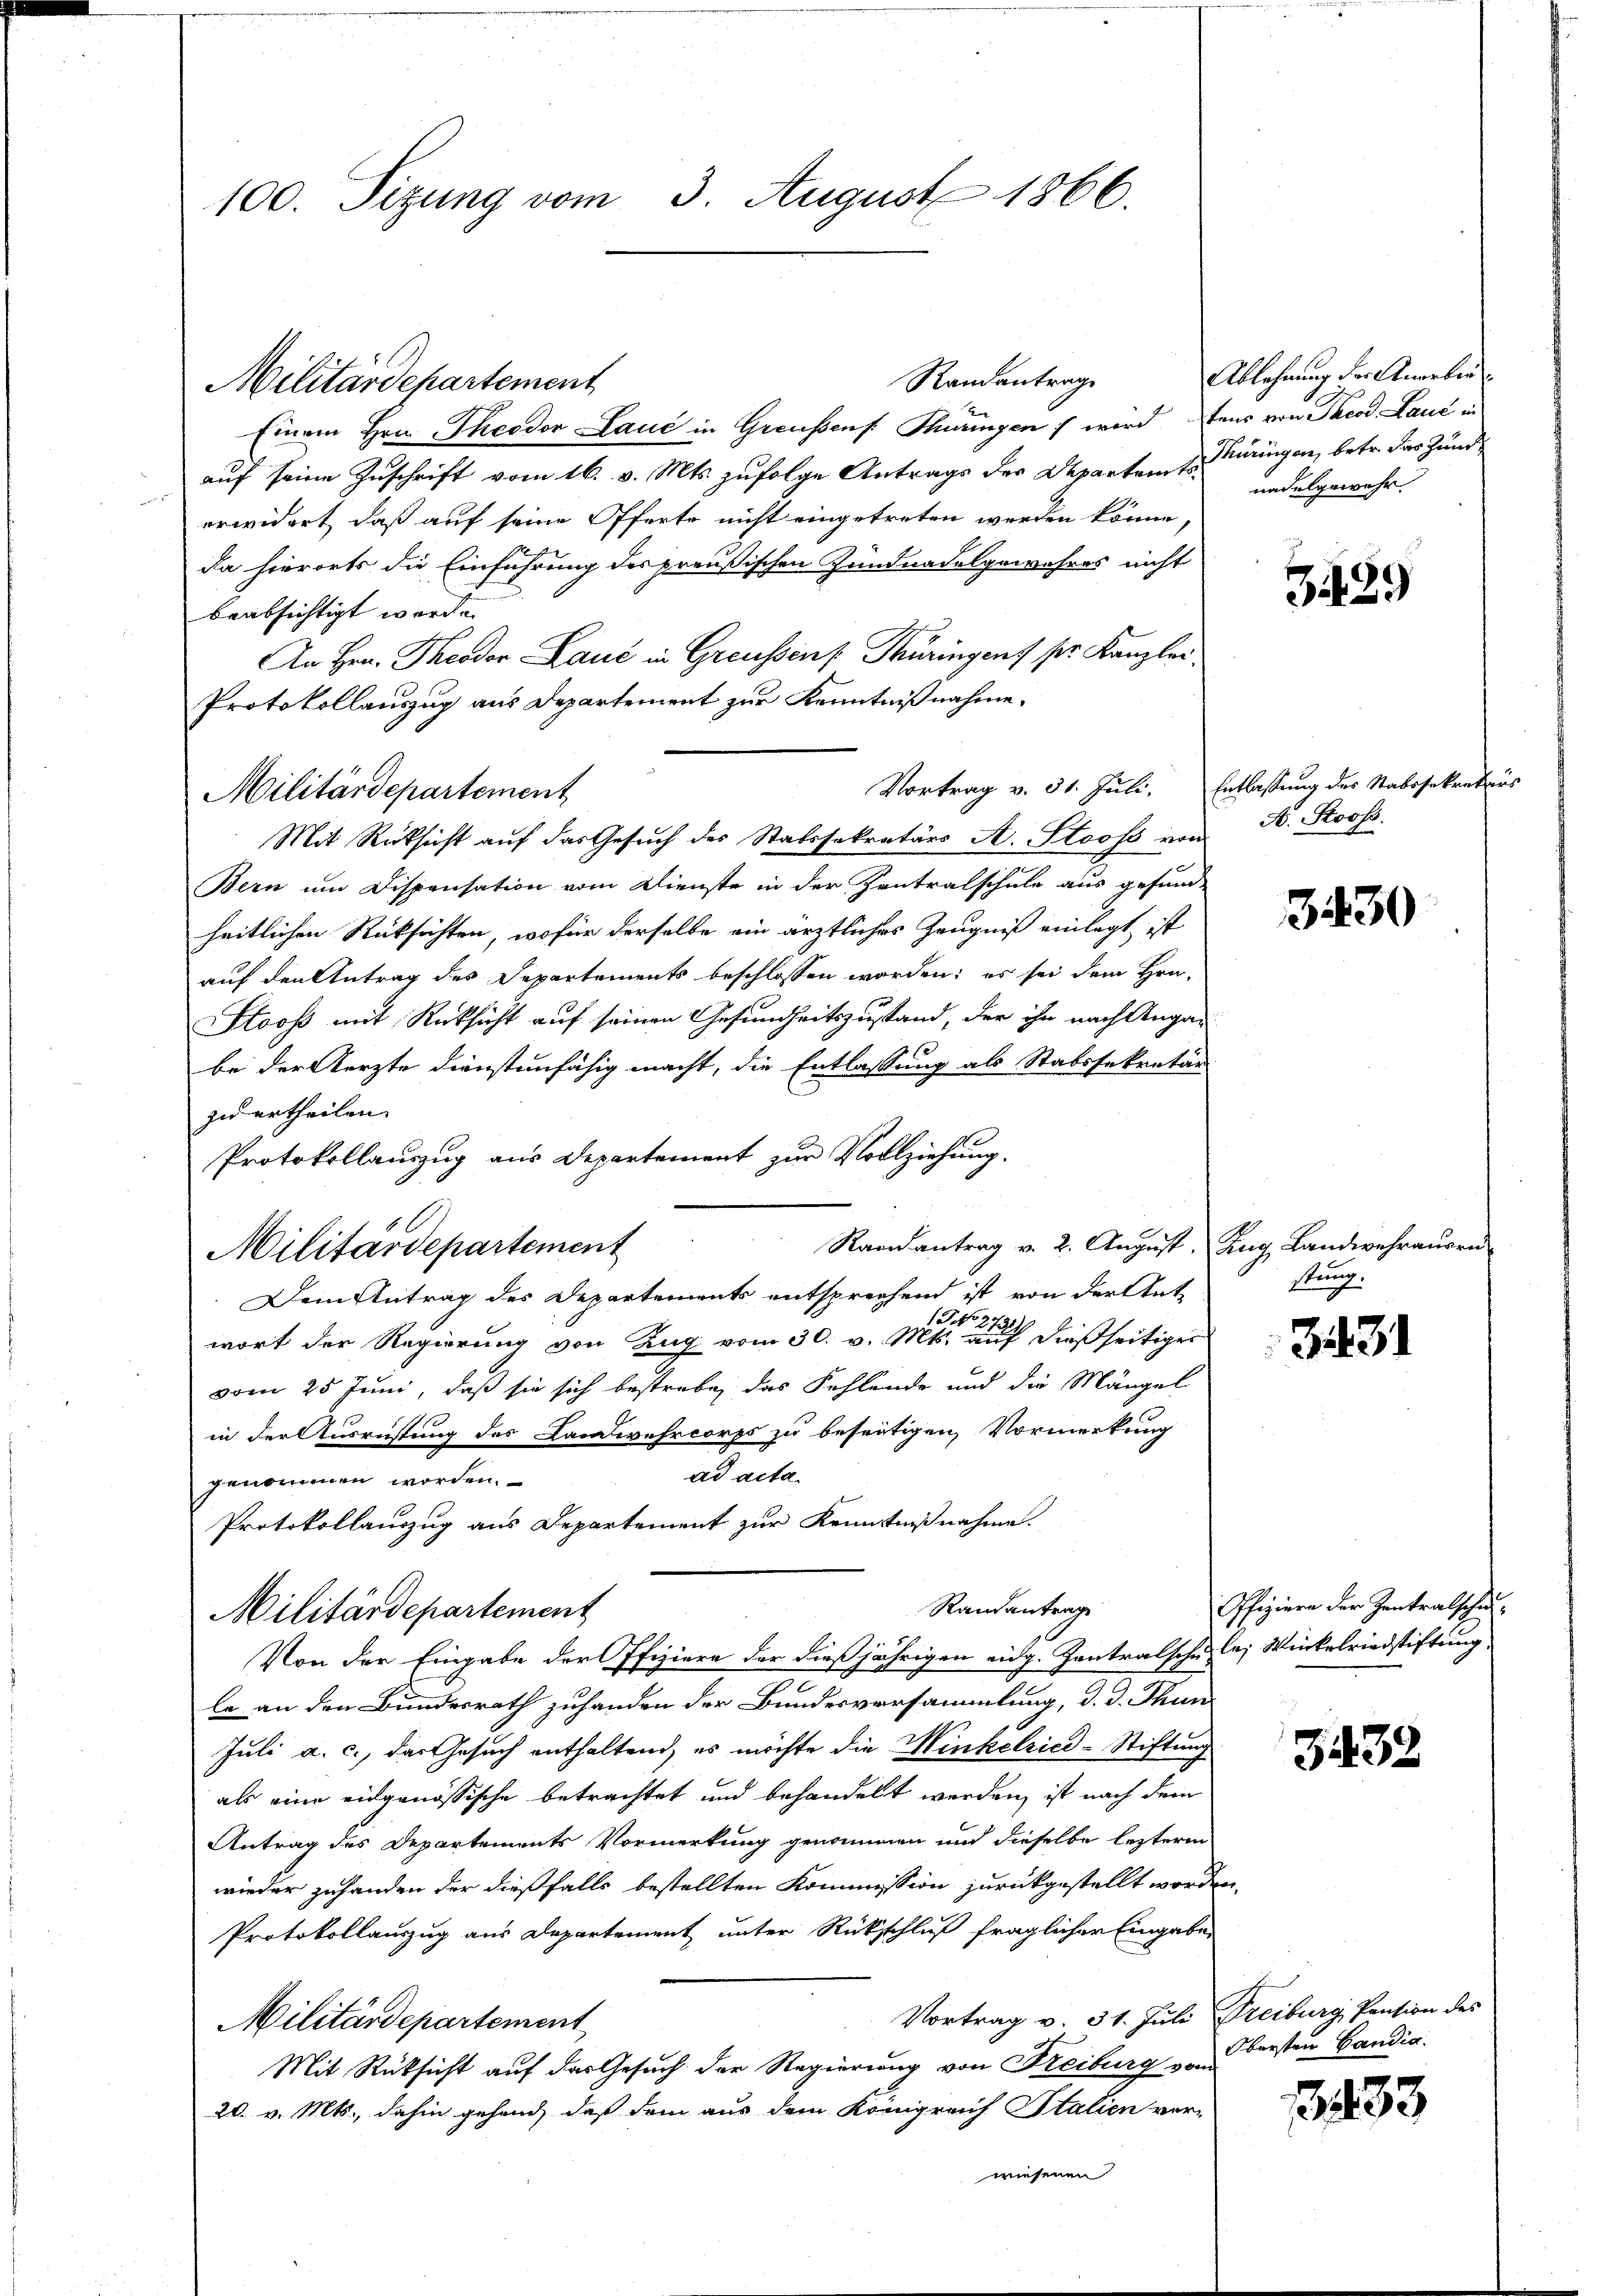
100. Sizung vom 3. August 1866.

Militärdepartement

Militärdepartement

Militärdepartement

Randantrage
Einem Hrn. Theodor Laue in Greußens. Thüringen wird aus von Theod. Laut in
auf seine Zuschrift vom 16. v. Mts. zufolge Antrags der Departen so ringen, betr. der Zunde
erwidert, daß auf seine Offerte nicht eingetreten werden könne,
da hierorts die Einführung des preußischen Zundnadelgewahres nicht
beabsichtigt worden.
An Hrn. Theodor Lauć in Greussens Thüringens pr. Kanzler
Protokollauszug aus Departement zur Kenntnißnahme.
Mit Rücksicht auf das Gesuch des Statssekretärs A. Stooss von
Bern um Dispensation vom Dienste in der Zentralschule aus gesund-
heitlichen Rüksichten, wofür derselbe ein ärztliches Zeugniß einlagt ist
auf den Antrag des Departements beschlossen worden; es sei dem Hrn.
Stooss mit Rücksicht auf seinen Gesundheitszustand, der ihn nach Angau
be der Aerzte dienstunfähig macht, die Entlassung als Stabssekretär
zu ertheilen.
Protokollauszug aus Departement zur Vollziehung.
Dem Antrag des Departements entsprechend ist von der Ant-
19 27
wort der Regierung von Zug vom 30. v. Mts. auf dießseitiger
vom 25 Juni, daß sie sich bestrebe, das Fehlende und die Mängel
in der Ausrüstung des Landwehrcorps zu beseitigen, Vormerkung
ad acta.
genommen worden.
Protokollauszug aus Departement zur Kenntnißnahme.
Randantrage
Militärdepartement
Von der Eingabe der Offiziere der dießjährigen eidg. Zentralschule, Wirkelriedstiftung
le an den Bundesrath zuhanden der Bundesversammlung, d. d. Thun
Juli a. c., das Gesuch enthaltend, es möchte die Minkelzicd-Stiftung
als eine eidgenössische betrachtet und behandelt werden, ist nach dem
Antrag des Departements Vormerkung genommen und dieselbe lezterm
wieder zuhanden der dießfalls bestellten Kommission zurückgestellt worden
Protokollauszug aus Departement unter Rückschluß fraglicher Eingabe
Vortrag v. 31. Juli Freiburg, Pension des
Militärdepartement
Mit Rüksicht auf das Gesuch der Regierung von Freiburg vom
20. v. Mts., dahin gehend, daß dem aus dem Königreich Italien vor-
wiesenen

Raandantrag v. 2. August, Zug Landwehrauern

Ablehnung der Anarbei
nadelgewehr.

339

Vortrag v. 31. Juli. Entlassung des Stabssekretärs
N. Stooss.

3430

stung.

e

3131

Offizieren der Zentralschul¬

3432

Obersten Candia.

1433